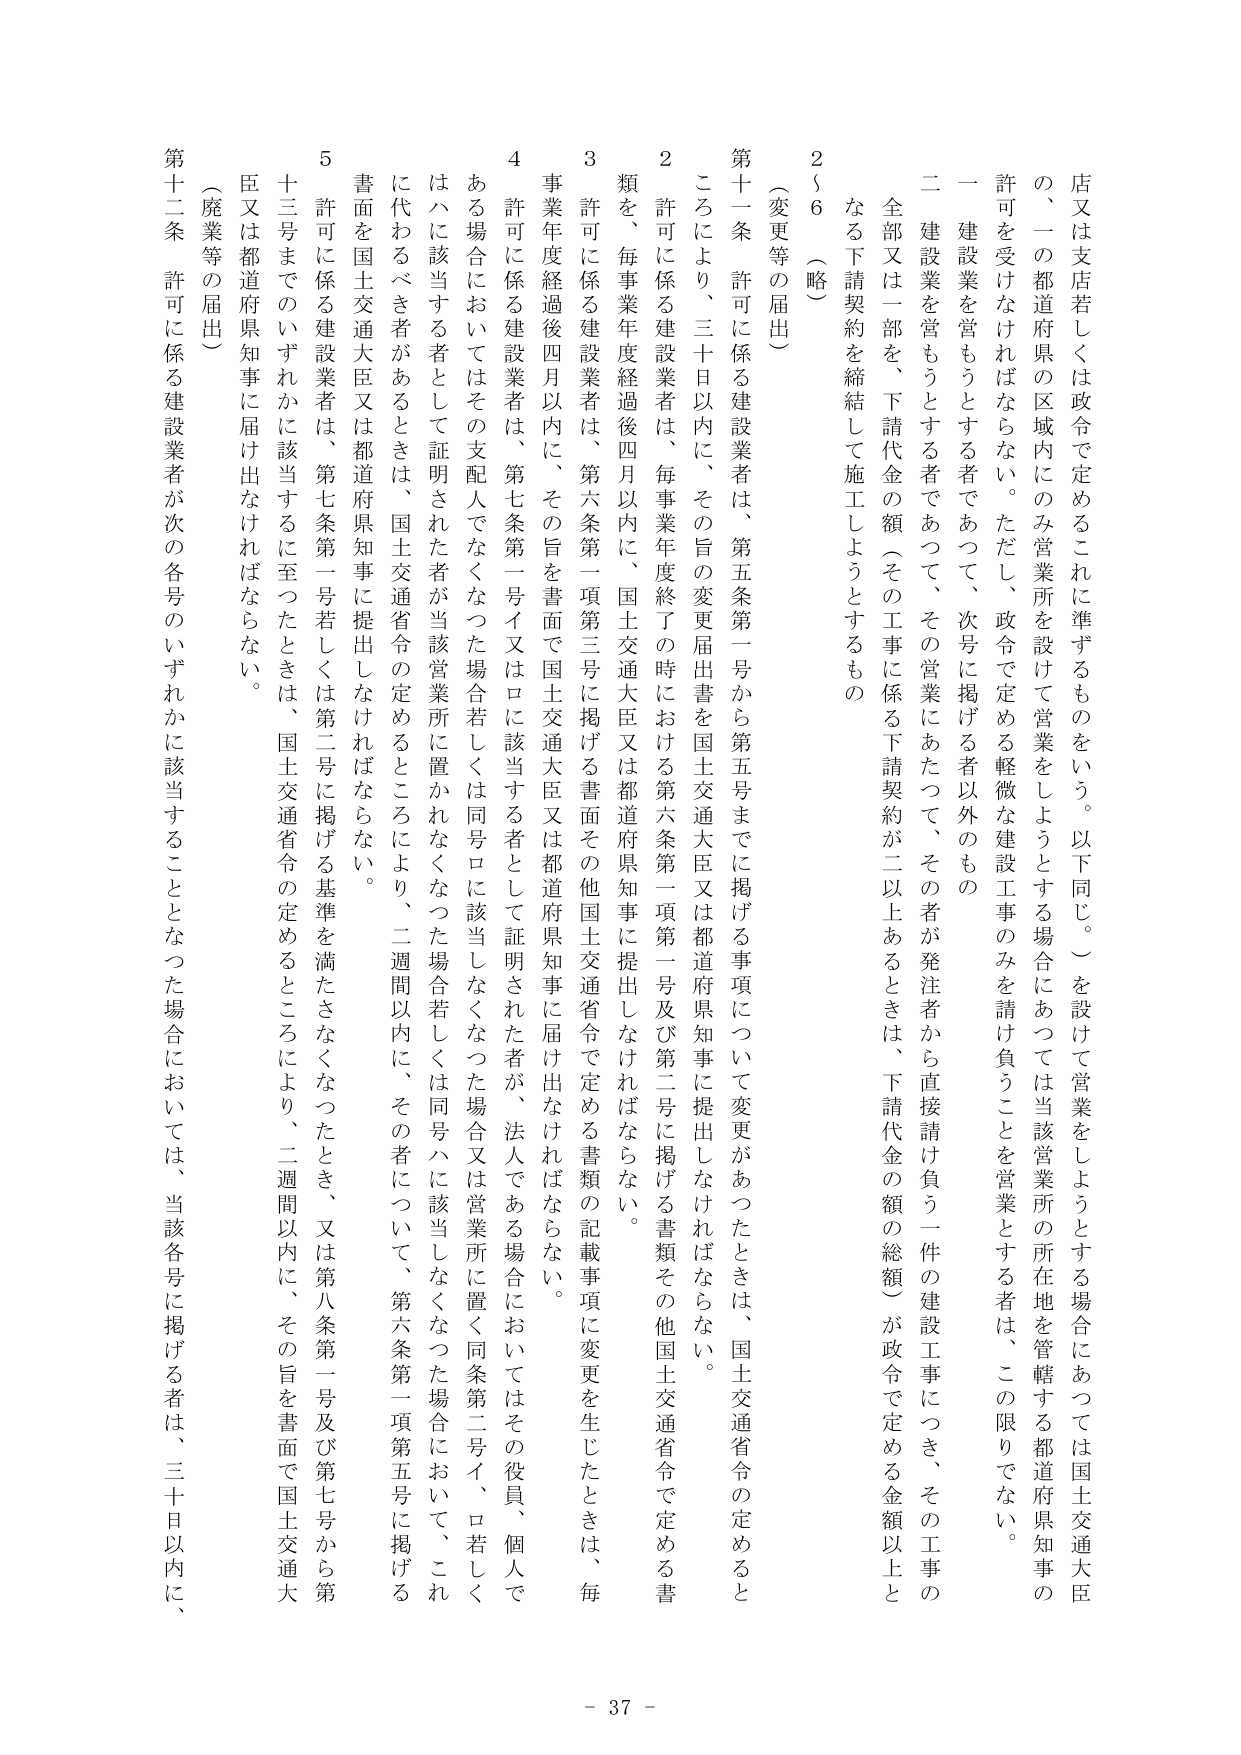
店又は支店若しくは政令で定めるこれに準ずるものをいう。以下同じ。）を設けて営業をしようとする場合にあつては国土交通大臣の、一の都道府県の区域内にのみ営業所を設けて営業をしようとする場合にあつては当該営業所の所在地を管轄する都道府県知事の許可を受けなければならない。ただし、政令で定める軽微な建設工事のみを請け負うことを営業とする者は、この限りでない。

一 建設業を営もうとする者であつて、次号に掲げる者以外のもの

二 建設業を営もうとする者であつて、その営業にあたつて、その者が注者から直接請け負う一件の建設工事につき、その工事の全部又は一部を、下請代金の額（その工事に係る下請契約が二以上あるときは、下請代金の額の総額）が政令で定める金額以上となる下請契約を締結して施工しようとするもの

2～6 （略）

第十一條 許可に係る建設業者は、第五条第一号から第五号までに掲げる事項について変更があつたときは、国土交通省令の定めるところにより、三十日以内に、その旨の変更届出書を国土交通大臣又は都道府県知事に提出しなければならない。

2 許可に係る建設業者は、毎事業年度終了の時における第六条第一項第一号及び第二号に掲げる書類その他国土交通省令で定める書類を、毎事業年度経過後四月以内に、国土交通大臣又は都道府県知事に提出しなければならない。

3 許可に係る建設業者は、第六条第一項第三号に掲げる書面その他国土交通省令で定める書類の記載事項に変更を生じたときは、毎事業年度経過後四月以内に、その旨を書面で国土交通大臣又は都道府県知事に届け出なければならない。

4 許可に係る建設業者は、第七条第一号イ又はロに該当する者として証明された者が、法人である場合においてはその役員、個人である場合においてはその支配人でなくなつた場合若しくは同号ロに該当しなくなつた場合又は営業所に置く同条第二号イ、ロ若しくはハに該当する者として証明された者が当該営業所に置かれなくなつた場合若しくは同号ハに該当しなくなつた場合において、これに代わるべき者があるときは、国土交通省令の定めるところにより、二週間以内に、その者について、第六条第一項第五号に掲げる書面を国土交通大臣又は都道府県知事に提出しなければならない。

5 許可に係る建設業者は、第七条第一号若しくは第二号に掲げる基準を満たさなくなつたときは、又は第八条第一号及び第七号から第十三号までのいずれかに該当するに至つたときは、国土交通省令の定めるところにより、二週間以内に、その旨を書面で国土交通大臣又は都道府県知事に届け出なければならない。

（廃業等の届出）

第十二条 許可に係る建設業者が次の各号のいずれかに該当することとなつた場合においては、当該各号に掲げる者は、三十日以内に、